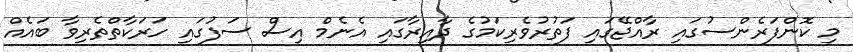
މި ކޮންފަރެންސުގައި ރާއްޖޭގައި ފަތުރުވެރިކަމުގެ ދާއިރާގައި އެނެމް އިސް ސަފުގައި ހަރަކާތްތެރިވާ ބައެއް